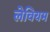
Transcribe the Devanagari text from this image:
लेवियम